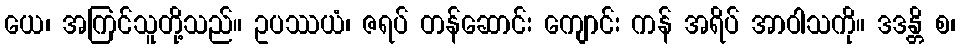
ယေ၊ အကြင်သူတို့သည်။ ဥပဿယံ၊ ဇရပ် တန်ဆောင်း ကျောင်း ကန် အရိပ် အာဝါသကို။ ဒဒန္တိ စ၊